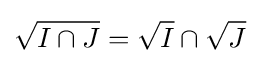
{\sqrt {I\cap J}}={\sqrt {I}}\cap {\sqrt {J}}